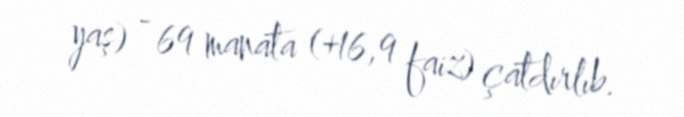
yaş) - 69 manata (+16,9 faiz) çatdırlıb.